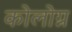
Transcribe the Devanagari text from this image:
कोलोग्न